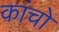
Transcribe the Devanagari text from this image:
कांचों